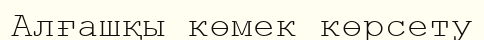
Алғашқы көмек көрсету